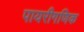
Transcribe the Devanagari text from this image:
पायरीगणिक